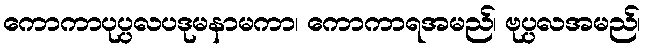
ကောကာပုပ္ပလပဒုမနာမကာ၊ ကောကာရအမည်၊ ဗုပ္ပလအမည်၊